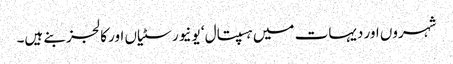
شہروں اور دیہات میں ہسپتال ‘ یونیورسٹیاں اور کالجز بنے ہیں۔